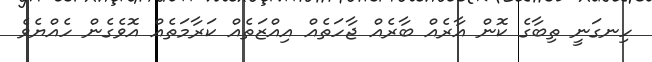
ހިނގަނީ ތިބާގެ ކޮން އާރެއް ބާރެއް ޖާހަތެއް އިއްޒަތެއް ކަރާމަތެއް އޮވެގެން ހެއްޔެވެ